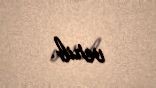
verib.